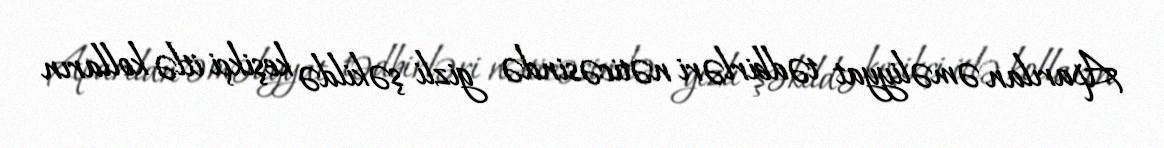
Aparılan əməliyyat tədbirləri nəticəsində gizli şəkildə keşikçi itlə kolların